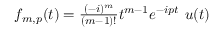
\begin{array} { r } { f _ { m , p } ( t ) = \frac { ( - i ) ^ { m } } { ( m - 1 ) ! } t ^ { m - 1 } e ^ { - i p t } ~ u ( t ) } \end{array}